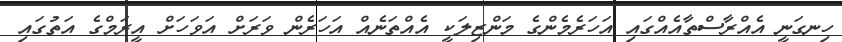
ހިނގަނީ އެއްރާސްތާއެއްގައި އަހަރެމެންގެ މަންޒިލަކީ އެއްތަނެއް އަހަރެން ވަރަށް އަވަހަށް އީރަމްގެ އަތުގައި